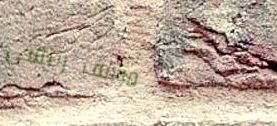
موقف رئيسي